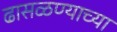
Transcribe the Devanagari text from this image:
ढासळण्याच्या